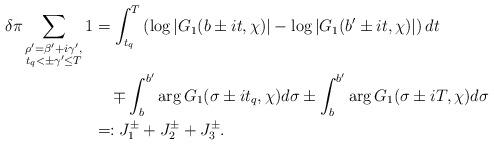
LaTeX: \begin{align*}\delta\pi \sum_{\substack{\rho' = \beta' + i\gamma',\\ t_q < \pm \gamma' \leq T}} 1&= \int_{t_q}^T \left( \log{| G_1(b \pm it, \chi) |} - \log{| G_1(b' \pm it, \chi) |} \right) dt \\&\quad\mp \int_b^{b'} \arg{G_1(\sigma \pm it_q, \chi)} d\sigma\pm \int_b^{b'} \arg{G_1(\sigma \pm iT, \chi)} d\sigma \\&=: J^\pm_1 + J^\pm_2 + J^\pm_3.\end{align*}